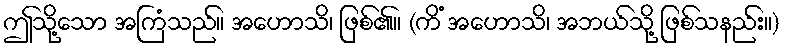
ဤသို့သော အကြံသည်။ အဟောသိ၊ ဖြစ်၏။ (ကိံ အဟောသိ၊ အဘယ်သို့ ဖြစ်သနည်း။)